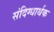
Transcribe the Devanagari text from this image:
संदिग्धार्थक